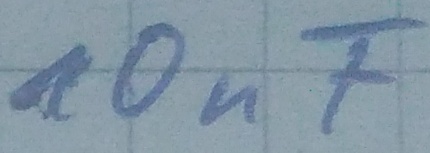
Text: 10nF